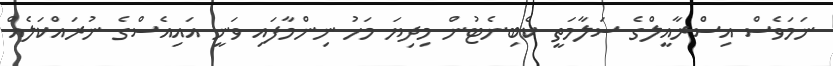
ނަމަވެސް އިސްރާއީލްގެ ސަލާމަތީ ކެބިނެޓުން މިދިޔަ މަހު ނިންމާފައި ވަނީ އައިއެސްގެ ނުރައްކަލެއް